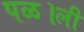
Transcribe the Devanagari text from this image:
पळ।ली